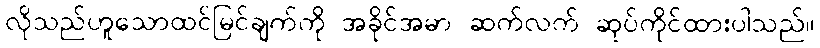
လိုသည်ဟူသောထင်မြင်ချက်ကို အခိုင်အမာ ဆက်လက် ဆုပ်ကိုင်ထားပါသည်။